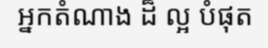
អ្នកតំណាង ដ៏ ល្អ បំផុត